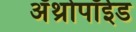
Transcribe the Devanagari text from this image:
अॅथ्रोपॉईड